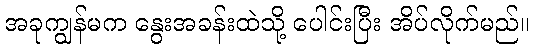
အခုကျွန်မက နွေးအခန်းထဲသို့ ပေါင်းပြီး အိပ်လိုက်မည်။